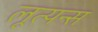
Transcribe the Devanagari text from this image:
लूत्यन्स